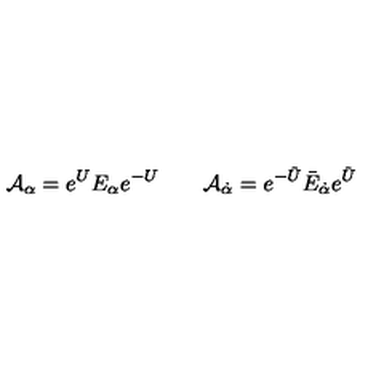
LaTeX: { \cal A } _ { \alpha } = e ^ { U } E _ { \alpha } e ^ { - U } \qquad { \cal A } _ { \dot { \alpha } } = e ^ { - \tilde { U } } \bar { E } _ { \dot { \alpha } } e ^ { \tilde { U } }